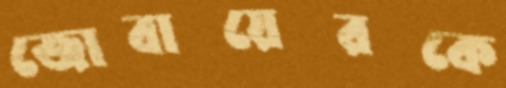
জোবায়েরকে